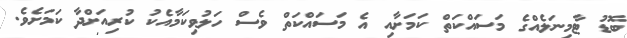
ބޮޑު ޓާމިނަލެއްގެ މަސައްކަތް ކަމަށާއި އެ މަސައްކަތް ވެސް ހަލުވިކަމާއެކު ކުރިއަށްދާ ކަމަށެވެ.